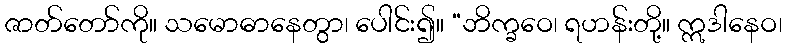
ဇာတ်တော်ကို။ သမောဓာနေတွာ၊ ပေါင်း၍။ “ဘိက္ခဝေ၊ ရဟန်းတို့။ ဣဒါနေဝ၊